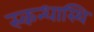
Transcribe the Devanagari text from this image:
स्कन्धास्थि